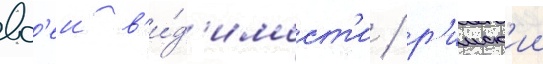
вс'еи в'и́д'имост'и / р'имск'ии